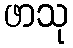
ဖာသု